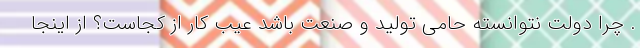
. چرا دولت نتوانسته حامی تولید و صنعت باشد عیب کار از کجاست؟ از اینجا